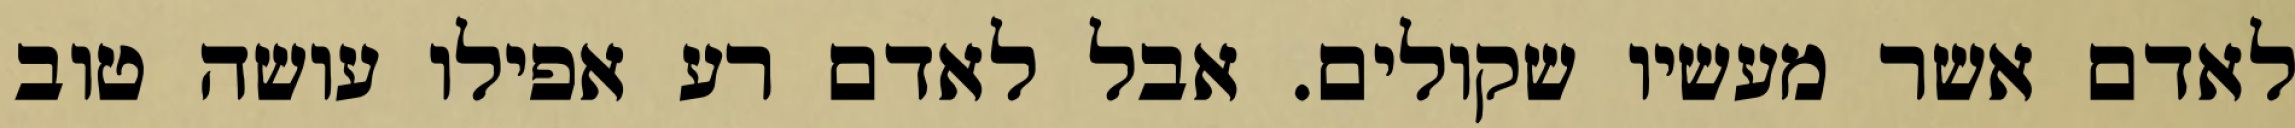
לאדם אשר מעשיו שקולים. אבל לאדם רע אפילו עושה טוב